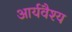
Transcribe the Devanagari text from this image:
आर्यवैश्‍य